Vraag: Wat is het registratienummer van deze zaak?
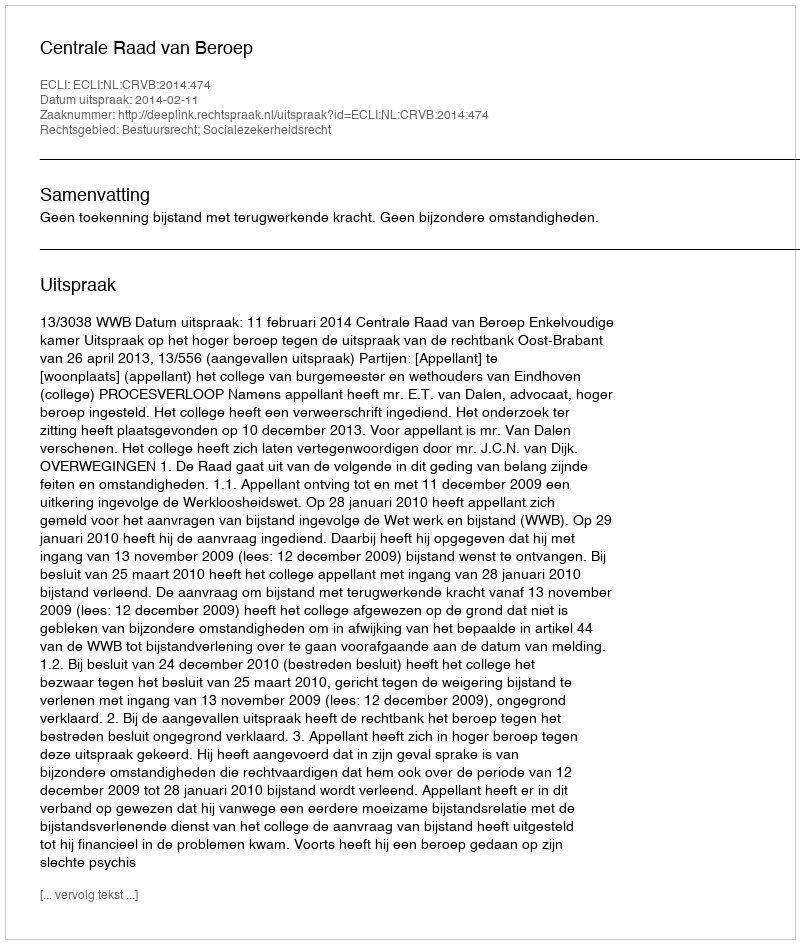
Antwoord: http://deeplink.rechtspraak.nl/uitspraak?id=ECLI:NL:CRVB:2014:474